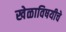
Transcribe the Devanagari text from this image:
खेळाविषयीचे